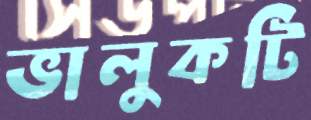
ভালুকটি